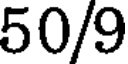
50/9